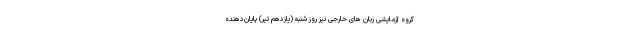
گروه آزمایشی زبان های خارجی نیز روز شنبه (یازدهم تیر) پایان‌دهنده